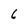
Character: 6